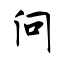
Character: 问